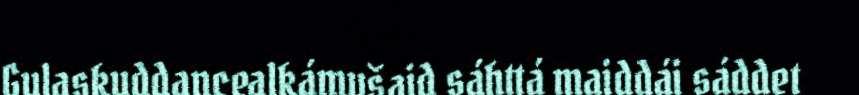
Gulaskuddancealkámušaid sáhttá maiddái sáddet